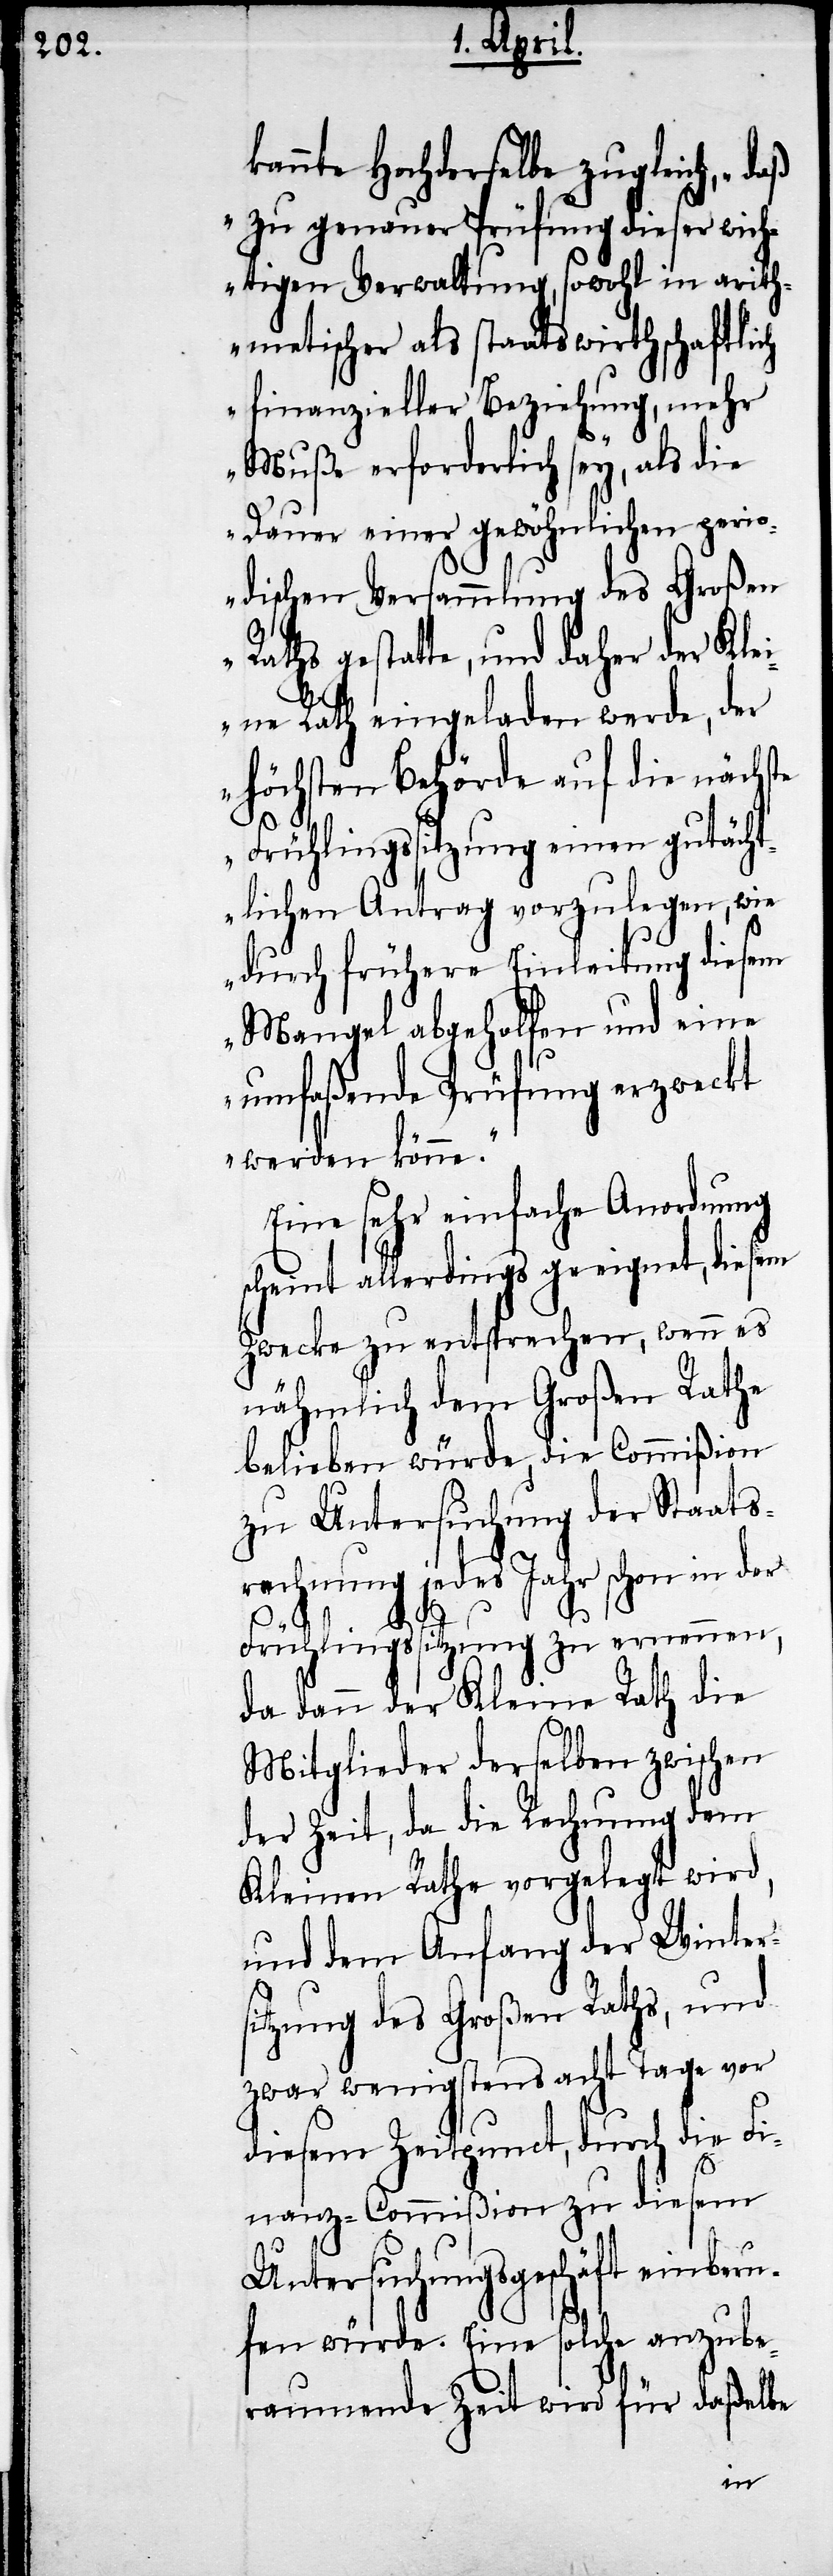
kannte Hochderselbe zugleich, „daß
zu genauer Prüfung dieser wich¬
tigen Verwaltung, sowohl in arith¬
metischer als staatswirtschaftlich
finanzieller Beziehung, mehr
Muße erforderlich sey, als die
Dauer einer gewöhnlichen peri¬
odischen Versammlung des Großen
Raths gestatte, und daher der Kl¬
eine Rath eingeladen werde, der
höchsten Behörde auf die nächste
Frühlingssitzung einen gutächt¬
lichen Antrag vorzulegen, wie
durch frühere Einleitung diesem
Mangel abgeholfen und eine
umfaßende Prüfung erzweckt
werden könne.“
Eine sehr einfache Anordnung
scheint allerdings geeignet, diesem
Zwecke zu entsprechen, wenn es
nähmlich dem Großen Rathe
belieben würde, die Commißion
zu Untersuchung der Staats¬
rechnung jedes Jahr schon in der
Frühlingssitzung zu ernennen,
da dann der Kleine Rath die
Mitglieder derselben zwischen
der Zeit, da die Rechnung dem
Kleinen Rathe vorgelegt wird,
und dem Anfang der Winter¬
sitzung des Großen Raths, und
zwar wenigstens acht Tage vor
diesem Zeitpunct, durch die Fi¬
nanz-Commißion zu diesem
Untersuchungsgeschäft einberu¬
fen würde. Eine solche anzube¬
raumende Zeit wird für daßelbe